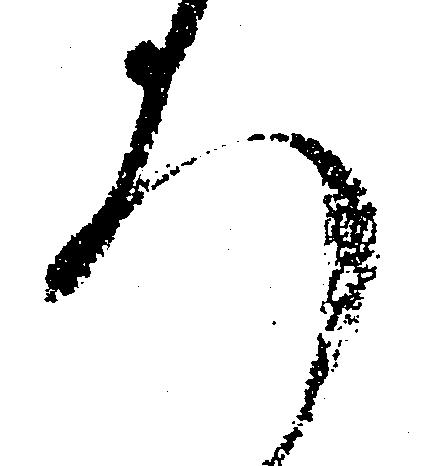
ろ